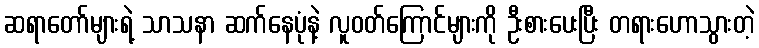
ဆရာတော်များရဲ့ သာသနာ ဆက်နေပုံနဲ့ လူဝတ်ကြောင်များကို ဦးစားပေးပြီး တရားဟောသွားတဲ့